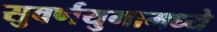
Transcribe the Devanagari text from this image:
सुवर्णयुगामध्ये